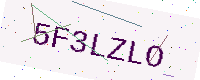
Text: 5F3LZLO